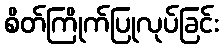
စိတ်ကြိုက်ပြုလုပ်ခြင်း